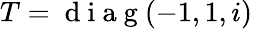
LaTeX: T=\mathrm{~d~i~a~g~}(-1,1,i)